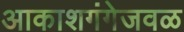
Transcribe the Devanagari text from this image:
आकाशगंगेजवळ